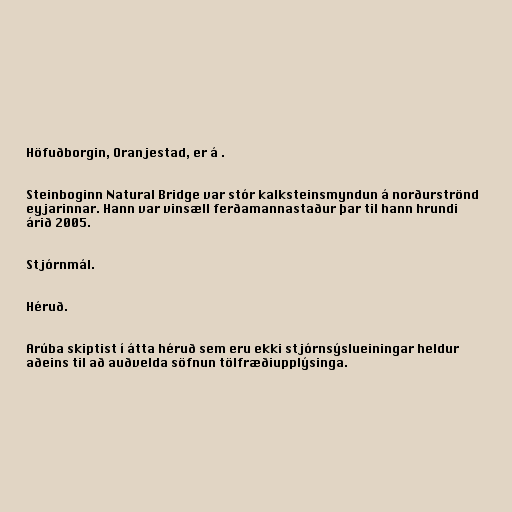
Höfuðborgin, Oranjestad, er á .

Steinboginn Natural Bridge var stór kalksteinsmyndun á norðurströnd
eyjarinnar. Hann var vinsæll ferðamannastaður þar til hann hrundi
árið 2005.

Stjórnmál.

Héruð.

Arúba skiptist í átta héruð sem eru ekki stjórnsýslueiningar heldur
aðeins til að auðvelda söfnun tölfræðiupplýsinga.